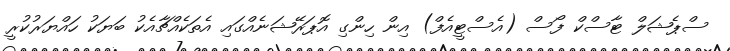
ސްޕެޝަލް ޓާސްކް ފޯސް (އެސްޓީއެފް) އިން ހިންގި އޮޕަރޭޝަނެއްގައި އެތަކެއްޗާއެކު ބަޔަކު ހައްޔަރުކުރީ